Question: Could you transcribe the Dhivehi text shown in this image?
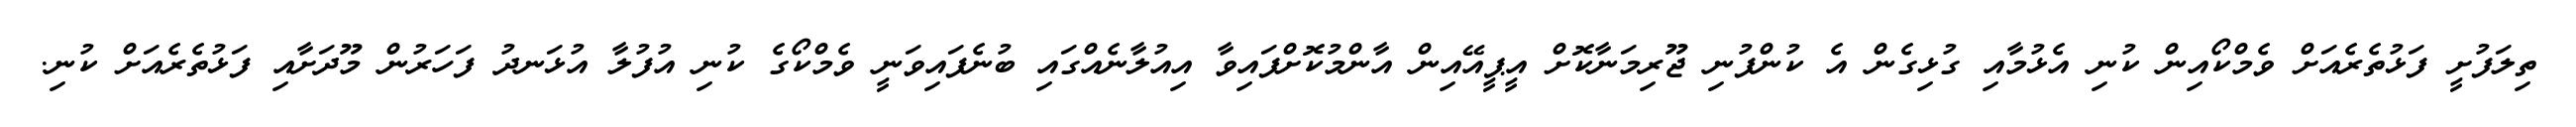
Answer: ތިލަފުށީ ފަޅުތެރެއަށް ވެމްކޯއިން ކުނި އެޅުމާއި ގުޅިގެން އެ ކުންފުނި ޖޫރިމަނާކޮށް އީޕީއޭއިން އާންމުކޮށްފައިވާ އިއުލާނެއްގައި ބުނެފައިވަނީ ވެމްކޯގެ ކުނި އުފުލާ އުޅަނދު ފަހަރުން މޫދަށާއި ފަޅުތެރެއަށް ކުނި.